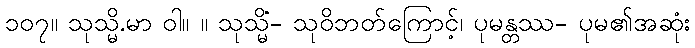
၁၀၇။ သုသ္မိ.မာ ဝါ။ ။ သုသ္မိံ- သုဝိဘတ်ကြောင့်၊ ပုမန္တဿ- ပုမ၏အဆုံး